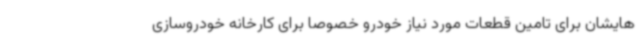
هایشان برای تامین قطعات مورد نیاز خودرو خصوصا برای کارخانه خودروسازی